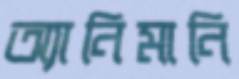
অ্যানিমানি